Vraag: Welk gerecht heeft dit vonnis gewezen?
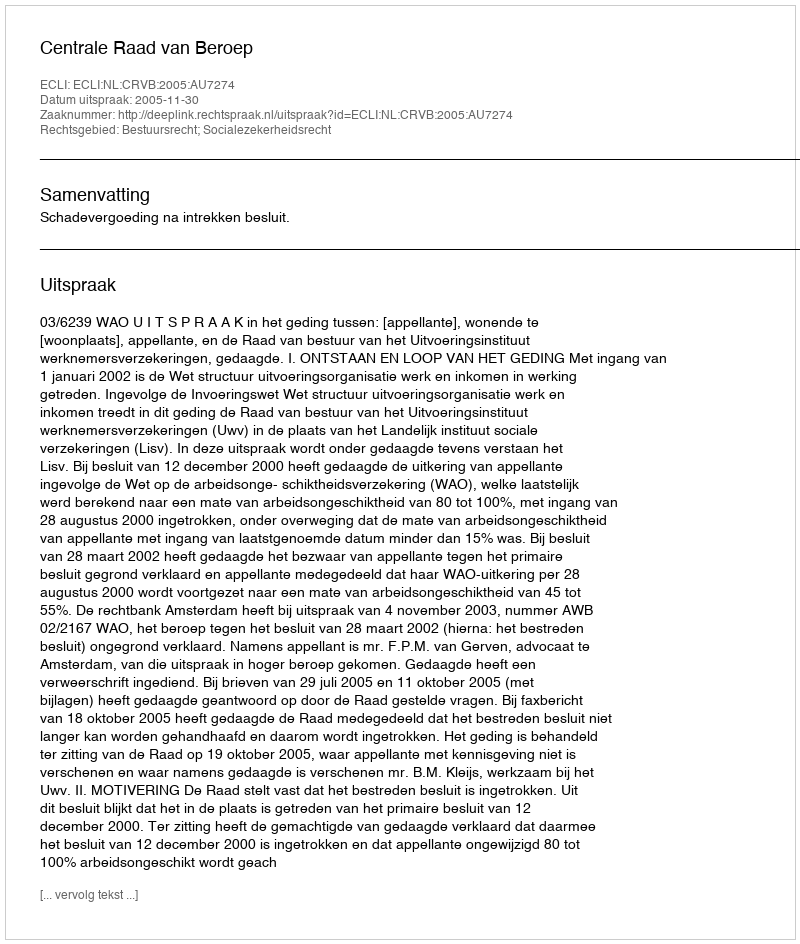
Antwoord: Centrale Raad van Beroep